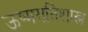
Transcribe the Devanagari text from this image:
ऊष्मगतिशास्त्र